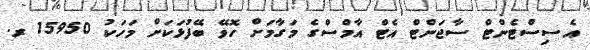
އެސިސްޓެންޓް ސާޖަންޓް އެޓް އާމްސްގެ މަގާމަށް ހޮވޭ ބޭފުޅަކަށް މަހަކު 15950 ރ.